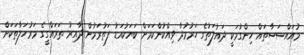
މުއައްސަސާތައް ހިންގުމަކީ ދައުލަތުގެ ހަރުމުދާ ވިއްކުންކަމަށް ބަޔަކުއަޑު ފަތުރަމުން ދާއިރު ތަރައްގީގެ މަރުހަލާތަކަށް